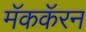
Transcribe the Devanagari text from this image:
मॅककॅरन